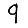
Digit: 9